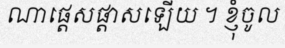
ណាផ្តេសផ្តាសឡើយ ។ ខ្ញុំចូល